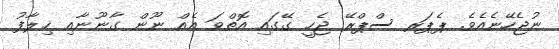
ނުޖެހޭނެއެެވެ. ޕެޕަރ ސްޕްރޭ ޖެހީ ގޭގައި އޮތްވަ އެއް ނޫން ގާނޫނާއި ޚިލާފު